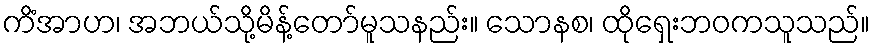
ကိံအာဟ၊ အဘယ်သို့မိန့်တော်မူသနည်း။ သောနစ၊ ထိုရှေးဘဝကသူသည်။